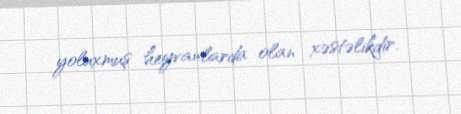
yoluxmuş heyvanlarda olan xəstəlikdir.